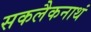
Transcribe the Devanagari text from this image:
सकलैकनाथं